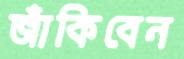
জাঁকিবেন